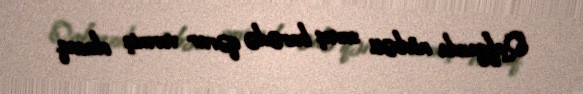
Qafqazda növbəti savaş barədə qərar vermiş olacaq.